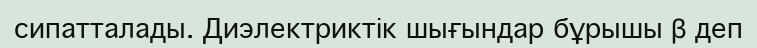
сипатталады. Диэлектриктік шығындар бұрышы β деп